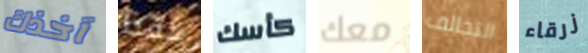
آخذك فقط كأسك معك التحالف زرقاء